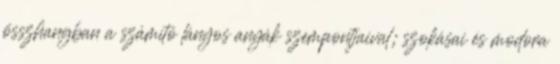
összhangban a számító lányos anyák szempontjaival; szokásai és modora